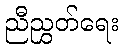
ညီညွှတ်ရေး